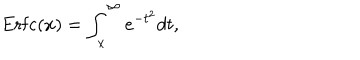
LaTeX: \mathrm { E r f c } ( x ) = \int _ { x } ^ { \infty } e ^ { - t ^ { 2 } } d t ,